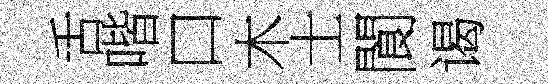
舌喈口木士閬谒